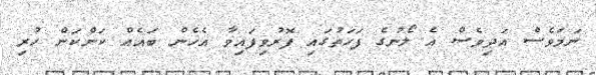
ނަމަވެސް އަދިވެސް އެ ލޯނުގެ ފަހަތުގައި ފޮރުވިފައިވާ އެހެން ބައެއް ކަންކަން ހުރި